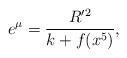
LaTeX: \begin{align*}e^{\mu} = \frac{R^{\prime\/ 2}}{k + f(x^5)} ,\end{align*}